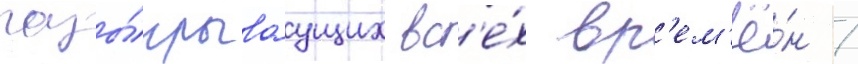
разы́грываущих вс'е́х вр'ем'ё́н /